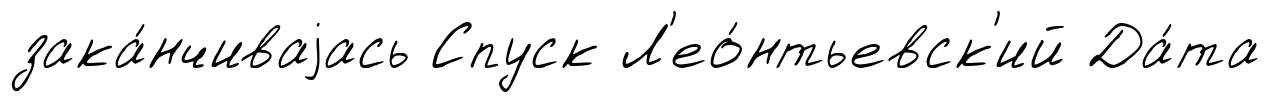
зака́нчиваjась Спуск Л'ео́нтьевск'ий Да́та